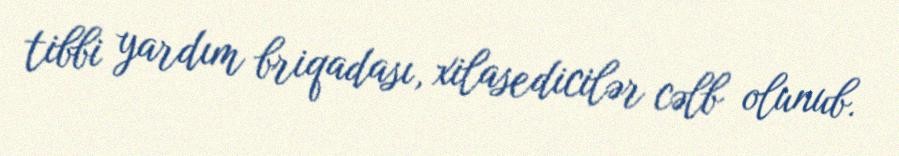
tibbi yardım briqadası, xilasedicilər cəlb olunub.